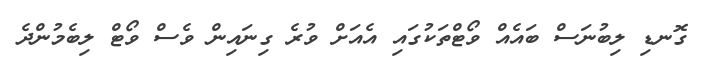
ގޮނޑި ލިބުނަސް ބައެއް ވޯޓްތަކުގައި އެއަށް ވުރެ ގިނައިން ވެސް ވޯޓް ލިބެމުންދެ